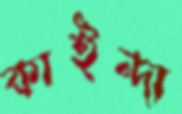
কাইন্দা